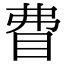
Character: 𥄱